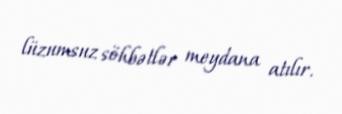
lüzumsuz söhbətlər meydana atılır.